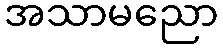
အသာမညော